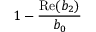
1 - \frac { \mathrm { R e } ( b _ { 2 } ) } { b _ { 0 } }